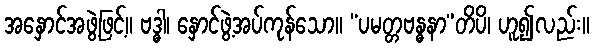
အနှောင်အဖွဲ့ဖြင့်။ ဗဒ္ဓါ၊ နှောင်ဖွဲ့အပ်ကုန်သော။ “ပမတ္တဗန္ဓနာ”တိပိ၊ ဟူ၍လည်း။